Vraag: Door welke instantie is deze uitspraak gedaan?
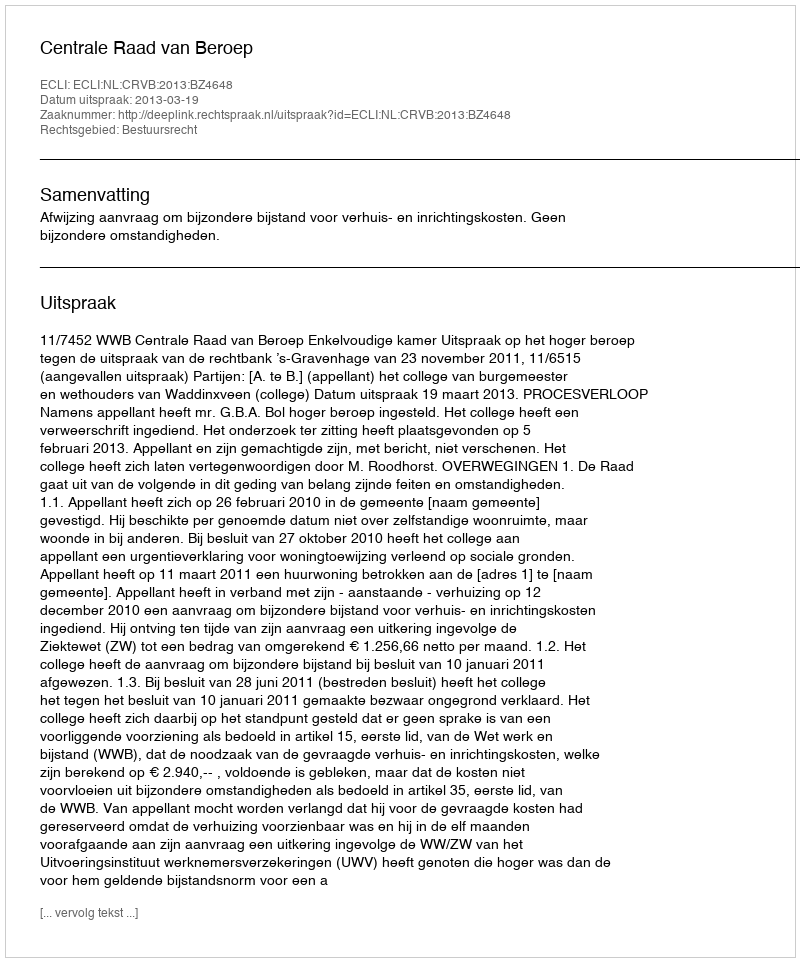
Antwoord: Centrale Raad van Beroep